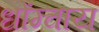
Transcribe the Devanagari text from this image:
धोंग्चाय